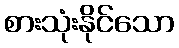
စားသုံးနိုင်သော